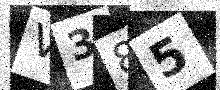
Text: V385